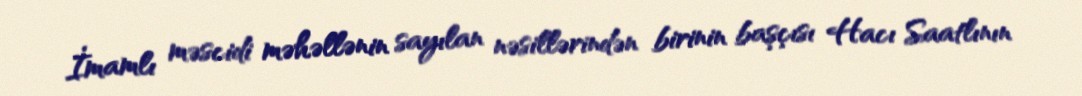
İmamlı məscidi məhəllənin sayılan nəsillərindən birinin başçısı Hacı Saatlının